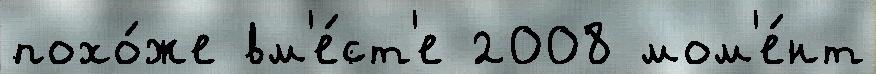
похо́же вм'е́ст'е 2008 мом'е́нт